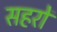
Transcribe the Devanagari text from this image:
सहरों